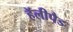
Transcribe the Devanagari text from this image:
हॅलीपैड